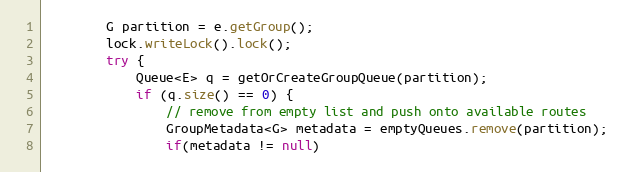
Language: Java
        G partition = e.getGroup();
        lock.writeLock().lock();
        try {
            Queue<E> q = getOrCreateGroupQueue(partition);
            if (q.size() == 0) {
                // remove from empty list and push onto available routes
                GroupMetadata<G> metadata = emptyQueues.remove(partition);
                if(metadata != null)